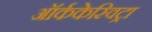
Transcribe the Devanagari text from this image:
ऑर्ककेस्विट्रा